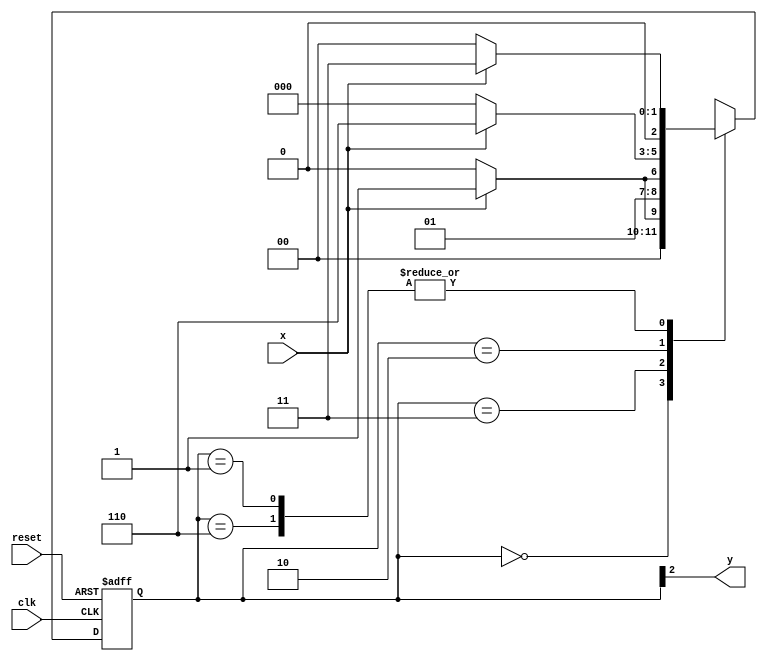
// ---Nome: Jorge Luis
// ---Matricula: 417466
// --------------
// --- Moore FSM
// --------------

/*
                       Moore FSM Diagram
                               ______________________
                              /                      \
            1          1     v     0            1   1 |   // found
   [start] ---> [id1] ---> [id11] ---> [id110] ---> [id1101]
     ^  \0      0 |        1/ ^        0 |          0 |
      \_/        /          \__/         |            |
       \________/                       /             |
        \                              /             /
         \____________________________/             /
          \                                        /
           \______________________________________/

*/

// constant definition
`define found    1
`define notfound 0

// FSM by Moore
module  moore1101 ( y, x, clk, reset );
 output y;
 input  x;
 input  clk;
 input  reset;

 reg    y;

 parameter        // state identifiers
   start  = 3'b000,
   id1    = 3'b001,
   id11   = 3'b011,
   id110  = 3'b010,
   id1101 = 3'b110;  //  signal found

   reg [2:0] E1;	// current state variables
   reg [2:0] E2;	// next state logic output

// next state logic
   always @( x or E1 )
    begin
     case( E1 )
      start:
        if ( x )
         E2 = id1;
        else
         E2 = start;
      id1:
        if ( x )
         E2 = id11;
        else
         E2 = start;
      id11:
        if ( x )
         E2 = id11;
        else
         E2 = id110;
      id110:
        if ( x )
         E2 = id1101;
        else
         E2 = start;
      id1101:
        if ( x )
         E2 = id11;
        else
         E2 = start;
     default:   // undefined statee  
         E2 = 3'bxxx;
     endcase
    end // always at signal or state changing

// state variables
   always @( posedge clk or negedge reset )
    begin
     if ( reset )
      E1 = E2;    // updates current state
     else
      E1 = 0;     // reset
    end // always at signal changing

// output logic
   always @( E1 )
    begin
     y = E1[2];   // first bit of state value
    end // always at state changing

endmodule // moore1101